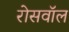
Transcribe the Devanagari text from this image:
रोसवॉल